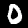
Label: 0